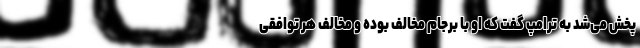
پخش می‌شد به ترامپ گفت که او با برجام مخالف بوده و مخالف هر توافقی